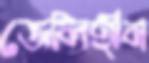
জেলিহীন